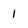
Character: 1